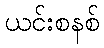
ယင်းစနစ်